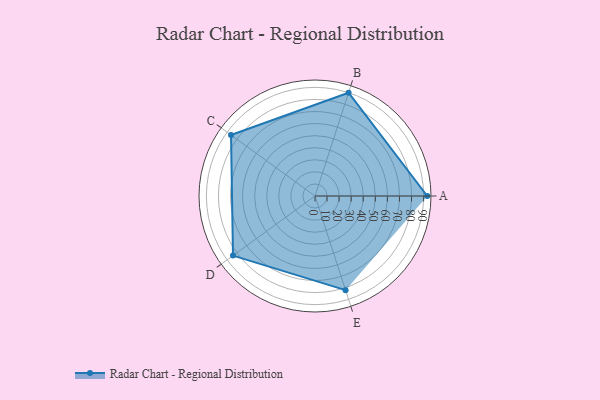
{"axis": {"x": "Skill", "y": "Score"}, "legend": ["Profile"], "data": [{"x": "A", "y": 93.0, "type": "Profile"}, {"x": "B", "y": 90.0, "type": "Profile"}, {"x": "C", "y": 86.0, "type": "Profile"}, {"x": "D", "y": 84.0, "type": "Profile"}, {"x": "E", "y": 82.0, "type": "Profile"}]}